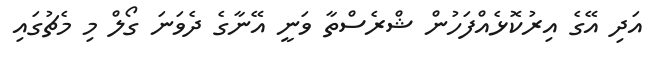
އަދި އޭގެ އިރުކޮޅެއްފަހުން ޝްރެސްތާ ވަނީ އޭނާގެ ދެވަނަ ގޯލް މި މެޗުގައި